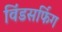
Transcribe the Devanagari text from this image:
विंडसर्फिग